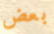
بعض